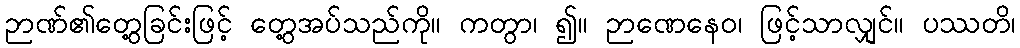
ဉာဏ်၏တွေ့ခြင်းဖြင့် တွေ့အပ်သည်ကို။ ကတွာ၊ ၍။ ဉာဏေနေဝ၊ ဖြင့်သာလျှင်။ ပဿတိ၊